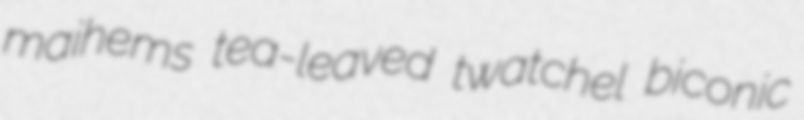
maihems tea-leaved twatchel biconic